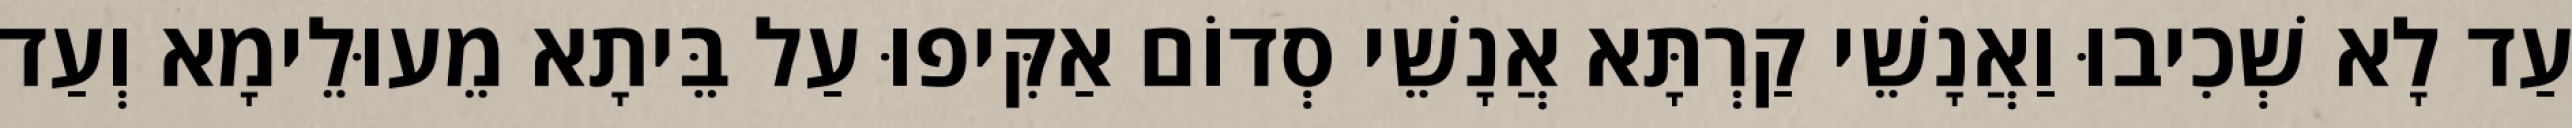
עַד לָא שְׁכִיבוּ וַאֲנָשֵׁי קַרְתָּא אֲנָשֵׁי סְדוֹם אַקִּיפוּ עַל בֵּיתָא מֵעוּלֵימָא וְעַד